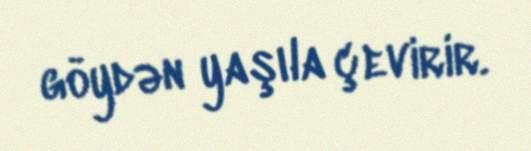
göydən yaşıla çevirir.